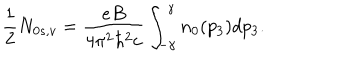
LaTeX: \frac { 1 } { 2 } N _ { 0 s , v } = \frac { e B } { 4 \pi ^ { 2 } \hbar ^ { 2 } c } \int _ { - \gamma } ^ { \gamma } n _ { 0 } ( p _ { 3 } ) d p _ { 3 } .